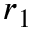
r _ { 1 }